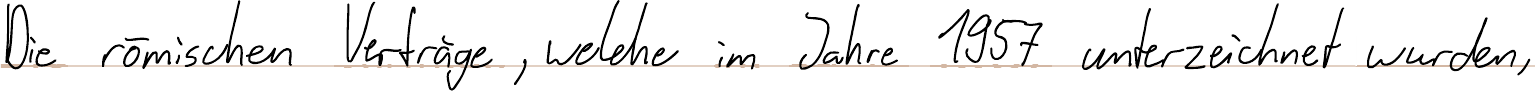
Die römischen Verträge, welche im Jahre 1957 unterzeichnet wurden,